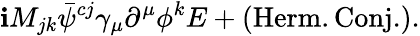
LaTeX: \mathbf{i}M_{jk}{\bar{{\psi}}^{cj}}\gamma_{\mu}\partial^{\mu}\phi^{k}E+(\mathrm{{Herm.Conj.}}).